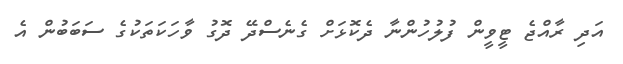
އަދި ރާއްޖެ ޓީވީން ފުލުހުންނާ ދެކޮޅަށް ގެނެސްދޭ ދޮގު ވާހަކަތަކުގެ ސަބަބުން އެ